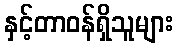
နှင့်တာဝန်ရှိသူများ